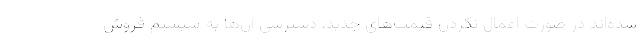
شده‌اند در صورت اعمال نکردن قیمت‌های جدید، دسترسی آن‌ها به سیستم فروش